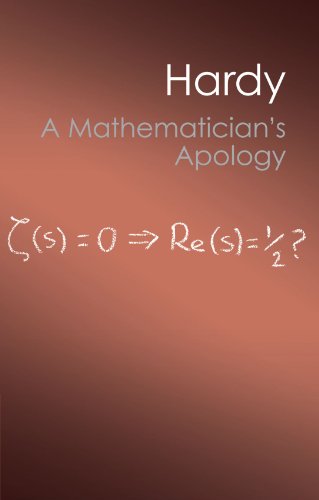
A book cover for A Mathematician's Apology (Canto Classics); G. H. Hardy; Science & Math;